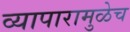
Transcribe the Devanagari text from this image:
व्यापारामुळेच